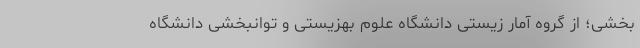
بخشی؛ از گروه آمار زیستی دانشگاه علوم بهزیستی و توانبخشی دانشگاه